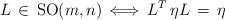
\begin{align*}L \, \in \, \mathrm{SO}(m,n) \, \Longleftrightarrow \, L^T \, \eta L \, = \,\eta \end{align*}